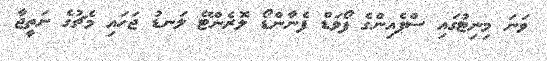
ވަނަ މިނިޓުގައި ސްޕެއިންގެ ފޯވަޑް ފެނާންޑޯ ލޮރެންޓޭ ލަނޑު ޖަހައި މެޗުގެ ނަތީޖާ